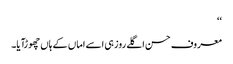
‘‘
معروف حسن اگلے روز ہی اسے اماں کے ہاں چھوڑآیا۔